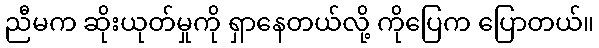
ညီမက ဆိုးယုတ်မှုကို ရှာနေတယ်လို့ ကိုပြေက ပြောတယ်။